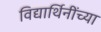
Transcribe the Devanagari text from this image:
विद्यार्थिनींच्या